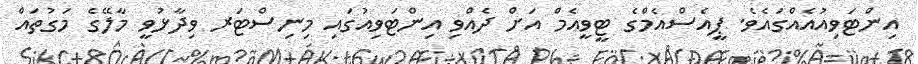
އިންޓަވިއުއެއްގައެވެ. ޕީއެސްއެމްގެ ޓީވީއެމް އަށް ދެއްވި އިންޓަވިއުގައި މިނިސްޓަރ ވިދާޅުވީ މާލޭގެ މަގުތައް